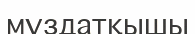
мұздатқышы